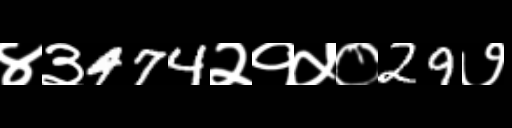
Text: ४३474२१५०29७